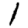
Digit: 1